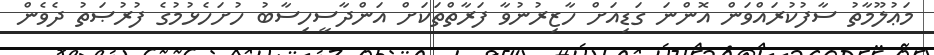
މަޢުލޫމާތު ސާފުކުރައްވަން އޮންނަ ގަޑިއަށް ހާޒިރުނުވާ ފަރާތްތަކަށް އަންދާސީހިސާބު ހުށަހެޅުމުގެ ފުރުޞަތު ދެވެން